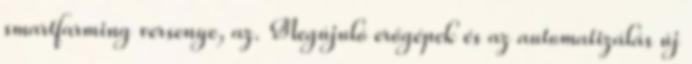
smartfarming versenye, az. Megújuló erőgépek és az automatizálás új